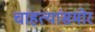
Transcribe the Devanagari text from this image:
चाहत्यांसमोर